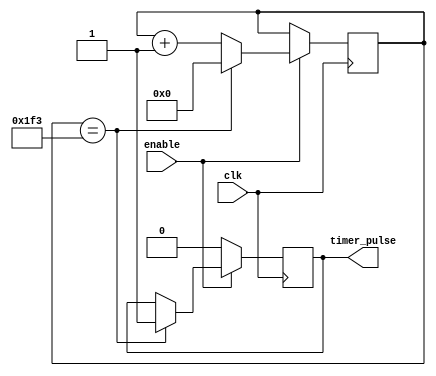
//////////////////////////////////////////////////////////////////////
//
// WF_timer
//
// General timer/counter  (up to 1023 counts)
// Will count when enable is true and clk occurs.
//
// outputs a 1 clock pulse when timer/counter completes.
//
// Use a parameter statement to set number of enabled clocks to count minus 1.
//
// Another parameter is provided when every clock (ie, always enabled) is
// needed to be counted. This usally is needed when his is the first counter
// in a counter divider chain.
//
// instantiation example:
//
//  // create 10us time base, 48MHz clock source.
//
//   WF_timer #(.COUNT(479), .EVERY_CLK(1'b1)) ten_usec(
//              .clk(clk),
//              .enable(1'b1),
//              .timer_pulse(ten_us));
//
//   // create 10ms time base 10ms
//
//   WF_timer #(.COUNT(999)) ten_msec(
//              .clk(clk),
//              .enable(ten_us),
//              .timer_pulse(ten_ms));
//
///////////////////////////////////////////////////////////////////////

   module WF_timer (
       input  wire clk,                    // main core clock
       input  wire enable,                 // count when enabled
       output reg  timer_pulse             // 1 clk pulse when completion event occurs
   );

   parameter [9:0] COUNT = 499;
   parameter       EVERY_CLK = 1'b0;

    reg [9:0] counter;

    always @ (posedge clk)
        if (enable)
          begin
            if (counter == COUNT)
              begin
                timer_pulse <= 1'b1;
                counter     <= 'b0;
              end
           else
             begin
              counter     <= counter + 'b1;
              if (EVERY_CLK)  // case enable never goes low
               timer_pulse <= 1'b0;
             end

          end
        else
            timer_pulse <= 1'b0;

   endmodule